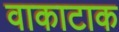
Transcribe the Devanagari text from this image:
वाकाटाक